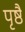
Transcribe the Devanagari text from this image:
पृष्ठै